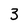
Character: 3